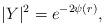
LaTeX: \begin{align*}|Y|^{2}=e^{-2\psi(r)},\end{align*}